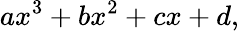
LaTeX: ax^{3}+bx^{2}+cx+d,